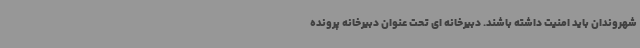
شهروندان باید امنیت داشته باشند. دبیرخانه ای تحت عنوان دبیرخانه پرونده